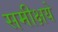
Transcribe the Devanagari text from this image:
समीक्षये